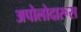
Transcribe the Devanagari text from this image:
अपोलोदारूस